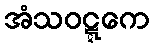
အံသဝဋ္ဋကေ